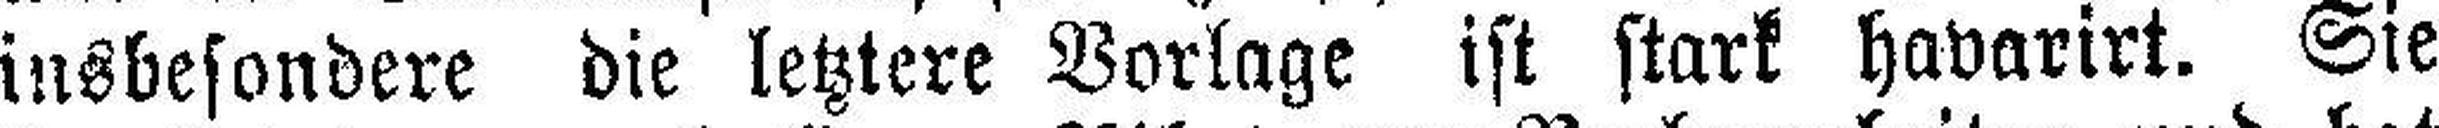
insbesondere die letztere Vorlage ist stark havarirt. Sie